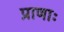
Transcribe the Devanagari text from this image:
प्राणाः